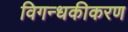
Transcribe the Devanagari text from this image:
विगन्धकीकरण